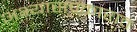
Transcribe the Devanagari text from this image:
अभ्यासप्रकारात